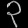
Digit: ၃